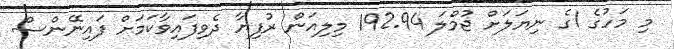
މި މަހުގެ 1ގެ ނިޔަލަށް ޖުމްލަ 192.94 މިލިއަން ރުފިޔާ ދެވިފައިވާކަމަށް ފައިނޭންސް